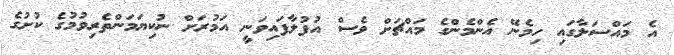
އެ މައްސަލާގައި ހިމެނޭ އެންމެންގެ މައްޗަށް ވެސް އުފުލާފައިވަނީ އަމުރަށް ނުކިޔަމަންތެރިވުމުގެ ކުށުގެ